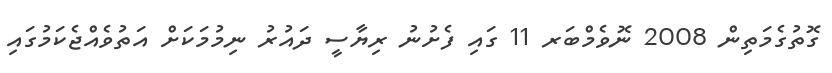
ގޮތުގެމަތިން 2008 ނޮވެމްބަރ 11 ގައި ފެށުނު ރިޔާސީ ދައުރު ނިމުމަކަށް އަތުވެއްޖެކަމުގައި